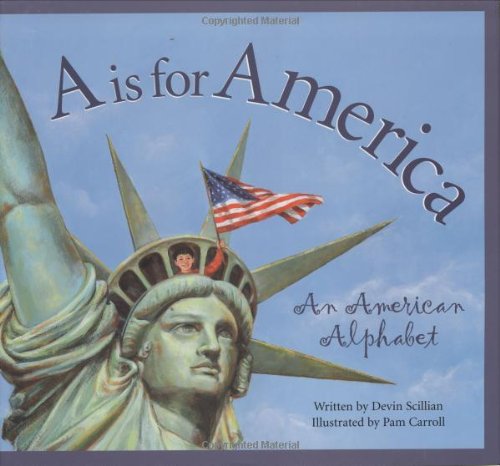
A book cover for A is for America; Devin Scillian; Children's Books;